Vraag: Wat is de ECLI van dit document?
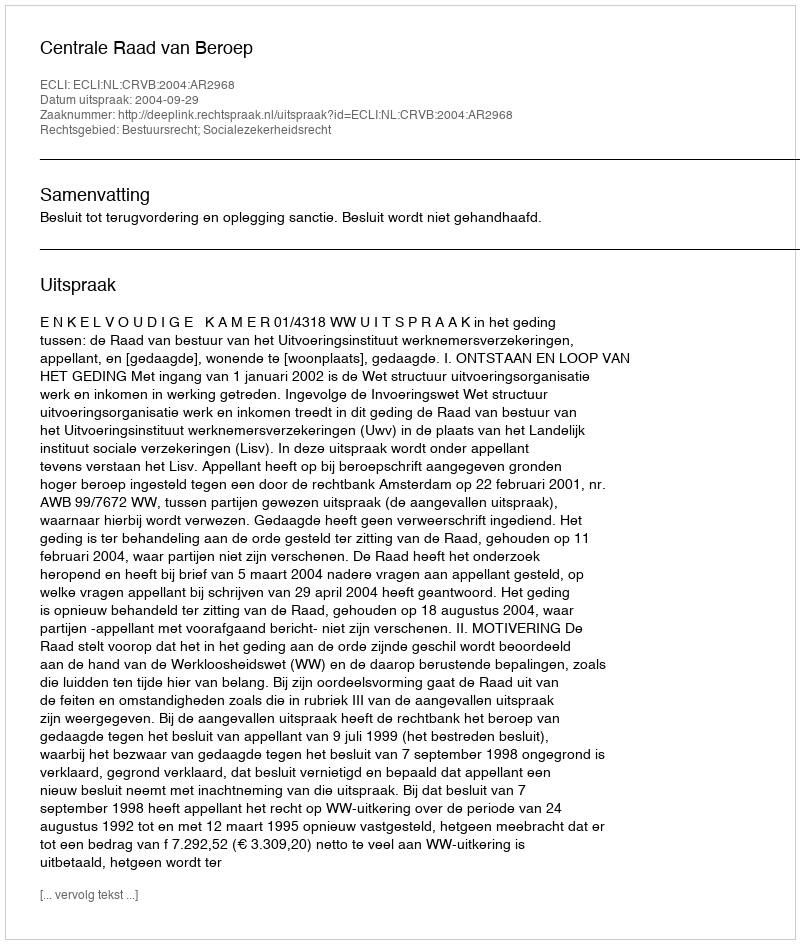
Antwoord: ECLI:NL:CRVB:2004:AR2968